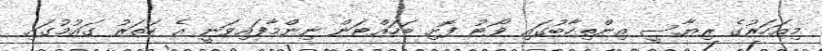
މިއަހަރުގެ ރިޔާސީ އިންތިހާބުގައި ވޯޓު ފޮށި ބަހައްޓަން ނިންމާފައިވަނީ އެ ހަތަރު ގައުމުގައި